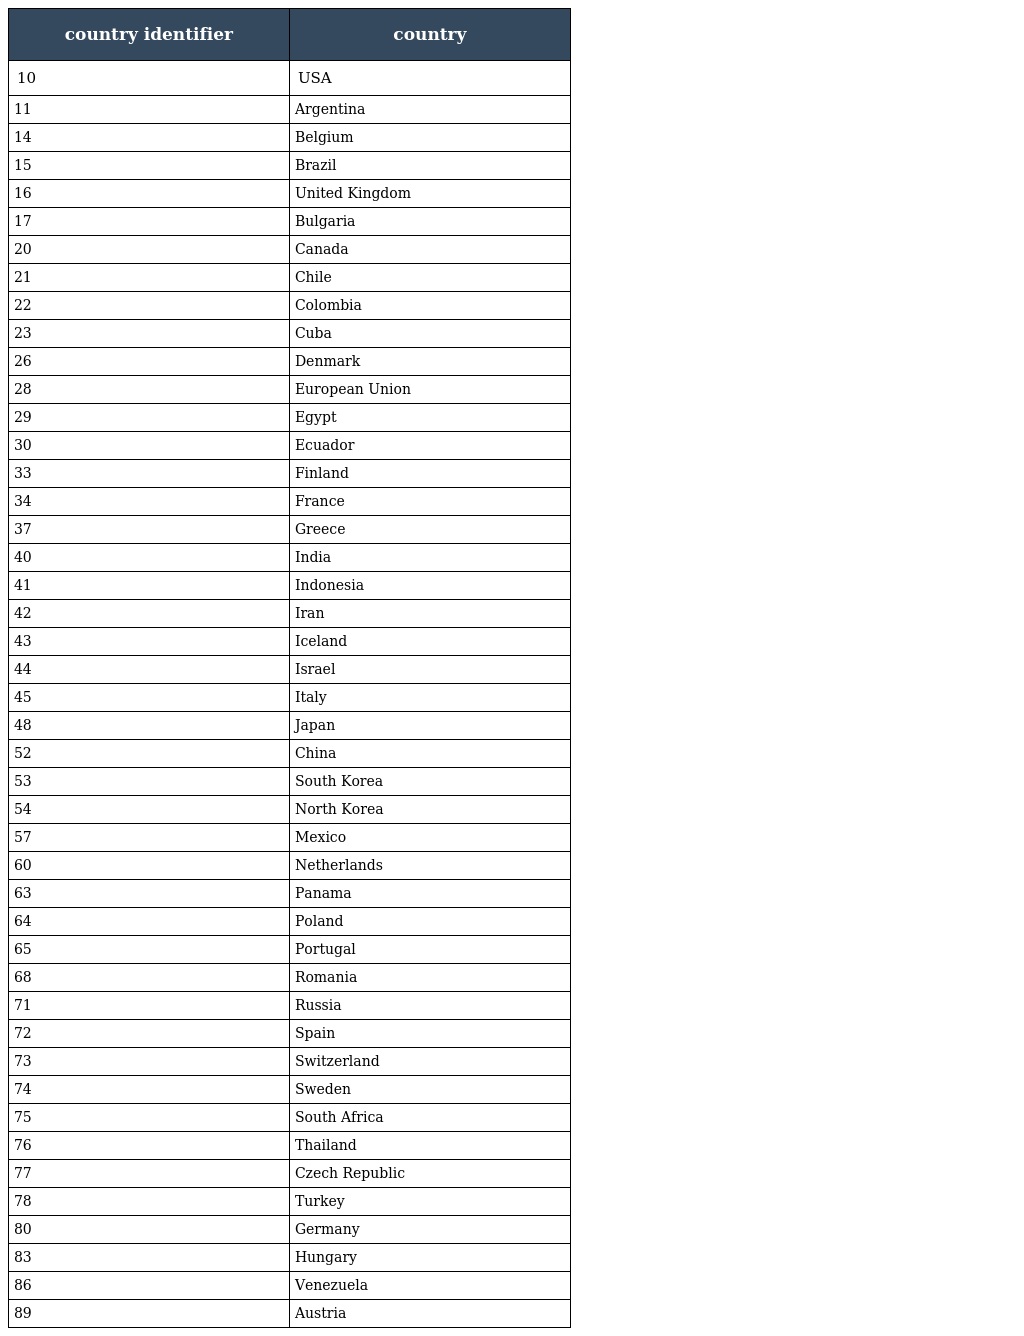
| country identifier | country |
 | --- | --- |
 | 10 | USA |
 | 11 | Argentina |
 | 14 | Belgium |
 | 15 | Brazil |
 | 16 | United Kingdom |
 | 17 | Bulgaria |
 | 20 | Canada |
 | 21 | Chile |
 | 22 | Colombia |
 | 23 | Cuba |
 | 26 | Denmark |
 | 28 | European Union |
 | 29 | Egypt |
 | 30 | Ecuador |
 | 33 | Finland |
 | 34 | France |
 | 37 | Greece |
 | 40 | India |
 | 41 | Indonesia |
 | 42 | Iran |
 | 43 | Iceland |
 | 44 | Israel |
 | 45 | Italy |
 | 48 | Japan |
 | 52 | China |
 | 53 | South Korea |
 | 54 | North Korea |
 | 57 | Mexico |
 | 60 | Netherlands |
 | 63 | Panama |
 | 64 | Poland |
 | 65 | Portugal |
 | 68 | Romania |
 | 71 | Russia |
 | 72 | Spain |
 | 73 | Switzerland |
 | 74 | Sweden |
 | 75 | South Africa |
 | 76 | Thailand |
 | 77 | Czech Republic |
 | 78 | Turkey |
 | 80 | Germany |
 | 83 | Hungary |
 | 86 | Venezuela |
 | 89 | Austria |